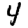
Digit: 4